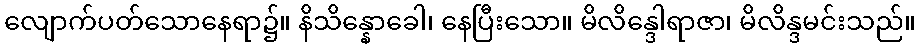
လျောက်ပတ်သောနေရာ၌။ နိသိန္နောခေါ၊ နေပြီးသော။ မိလိန္ဒေါရာဇာ၊ မိလိန္ဒမင်းသည်။